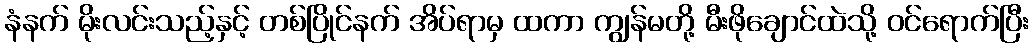
နံနက် မိုးလင်းသည့်နှင့် တစ်ပြိုင်နက် အိပ်ရာမှ ထကာ ကျွန်မတို့ မီးဖိုချောင်ထဲသို့ ဝင်ရောက်ပြီး